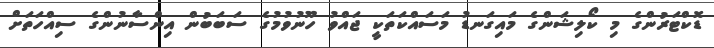
ޑޮކްޓަރުންގެ މި ކޯލިޝަންގެ މައިގަނޑު މަސައްކަތަކީ ޖައްވު ހޫނުވުމުގެ ސަބަބުން އިންސާނުންގެ ސިއްހަތަށް